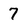
Character: 7